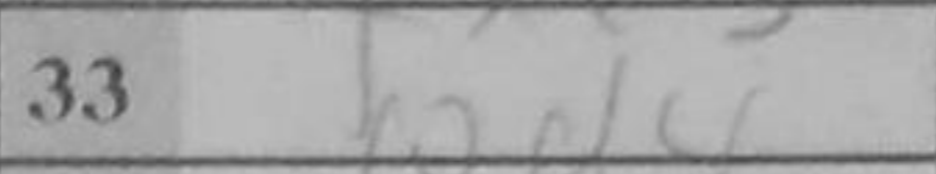
Transcription: Qd4